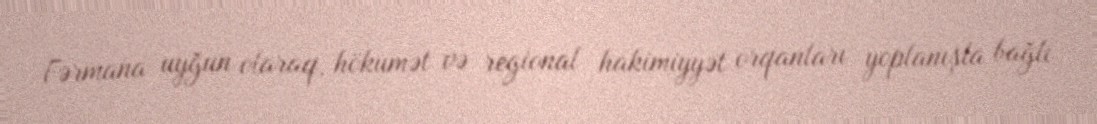
Fərmana uyğun olaraq, hökumət və regional hakimiyyət orqanları yoplanışla bağlı